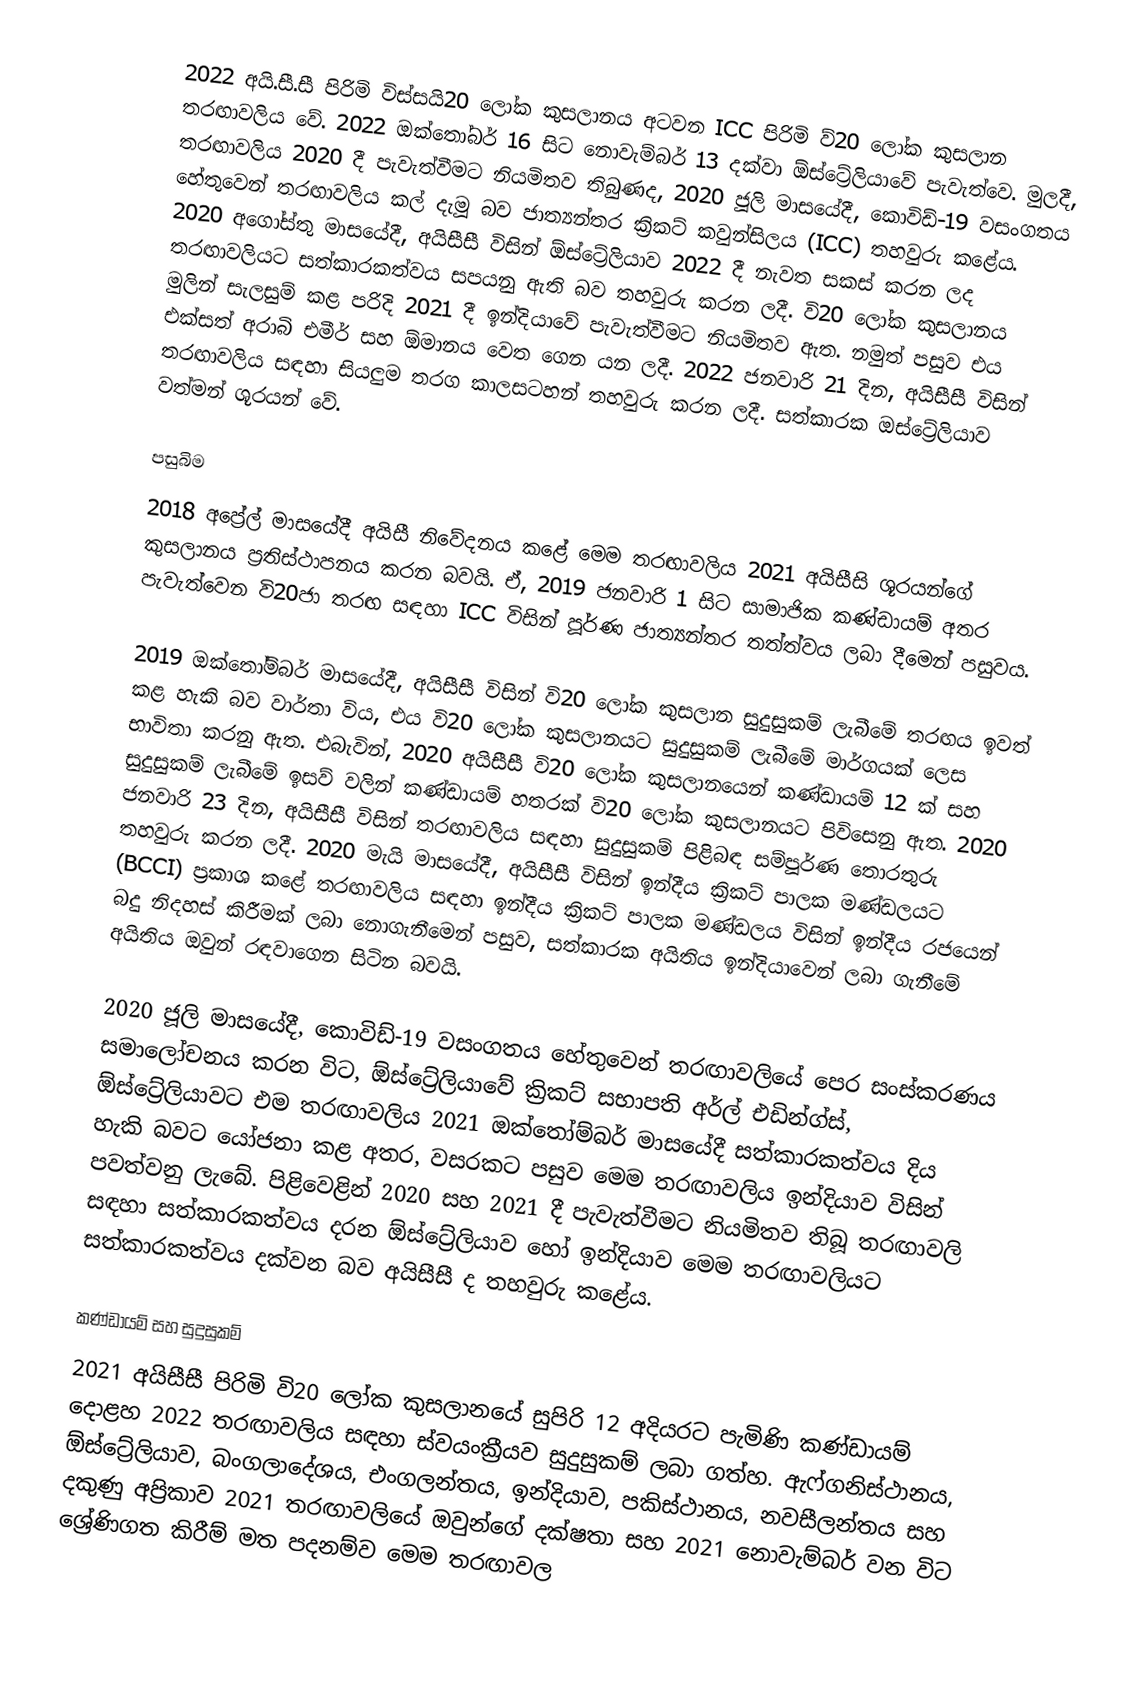
2022 අයි.සී.සී පිරිමි විස්සයි20 ලෝක කුසලානය අටවන ICC පිරිමි ව්20 ලෝක කුසලාන තරඟාවලිය වේ. 2022 ඔක්තෝබර් 16 සිට නොවැම්බර් 13 දක්වා ඕස්ට්‍රේලියාවේ පැවැත්වෙ. මුලදී, තරඟාවලිය 2020 දී පැවැත්වීමට නියමිතව තිබුණද, 2020 ජූලි මාසයේදී, කොවිඩ්-19 වසංගතය හේතුවෙන් තරඟාවලිය කල් දැමූ බව ජාත්‍යන්තර ක්‍රිකට් කවුන්සිලය (ICC) තහවුරු කළේය. 2020 අගෝස්තු මාසයේදී, අයිසීසී විසින් ඕස්ට්‍රේලියාව 2022 දී නැවත සකස් කරන ලද තරඟාවලියට සත්කාරකත්වය සපයනු ඇති බව තහවුරු කරන ලදී. වි20 ලෝක කුසලානය මුලින් සැලසුම් කළ පරිදි 2021 දී ඉන්දියාවේ පැවැත්වීමට නියමිතව ඇත. නමුත් පසුව එය එක්සත් අරාබි එමීර් සහ ඕමානය වෙත ගෙන යන ලදී. 2022 ජනවාරි 21 දින, අයිසීසී විසින් තරඟාවලිය සඳහා සියලුම තරග කාලසටහන් තහවුරු කරන ලදී. සත්කාරක ඔස්ට්‍රේලියාව වත්මන් ශූරයන් වේ.

පසුබිම
2018 අප්‍රේල් මාසයේදී අයිසී නිවේදනය කළේ මෙම තරඟාවලිය 2021 අයිසීසි ශූරයන්ගේ කුසලානය ප්‍රතිස්ථාපනය කරන බවයි. ඒ, 2019 ජනවාරි 1 සිට සාමාජික කණ්ඩායම් අතර පැවැත්වෙන වි20ජා තරඟ සඳහා ICC විසින් පූර්ණ ජාත්‍යන්තර තත්ත්වය ලබා දීමෙන් පසුවය.

2019 ඔක්තෝම්බර් මාසයේදී, අයිසීසී විසින් වි20 ලෝක කුසලාන සුදුසුකම් ලැබීමේ තරඟය ඉවත් කළ හැකි බව වාර්තා විය, එය වි20 ලෝක කුසලානයට සුදුසුකම් ලැබීමේ මාර්ගයක් ලෙස භාවිතා කරනු ඇත. එබැවින්, 2020 අයිසීසී වි20 ලෝක කුසලානයෙන් කණ්ඩායම් 12 ක් සහ සුදුසුකම් ලැබීමේ ඉසව් වලින් කණ්ඩායම් හතරක් වි20 ලෝක කුසලානයට පිවිසෙනු ඇත. 2020 ජනවාරි 23 දින, අයිසීසී විසින් තරඟාවලිය සඳහා සුදුසුකම් පිළිබඳ සම්පූර්ණ තොරතුරු තහවුරු කරන ලදී. 2020 මැයි මාසයේදී, අයිසීසී විසින් ඉන්දීය ක්‍රිකට් පාලක මණ්ඩලයට (BCCI) ප්‍රකාශ කළේ තරඟාවලිය සඳහා ඉන්දීය ක්‍රිකට් පාලක මණ්ඩලය විසින් ඉන්දීය රජයෙන් බදු නිදහස් කිරීමක් ලබා නොගැනීමෙන් පසුව, සත්කාරක අයිතිය ඉන්දියාවෙන් ලබා ගැනීමේ අයිතිය ඔවුන් රඳවාගෙන සිටින බවයි.

2020 ජූලි මාසයේදී, කොවිඩ්-19 වසංගතය හේතුවෙන් තරඟාවලියේ පෙර සංස්කරණය සමාලෝචනය කරන විට, ඕස්ට්‍රේලියාවේ ක්‍රිකට් සභාපති අර්ල් එඩින්ග්ස්, ඕස්ට්‍රේලියාවට එම තරඟාවලිය 2021 ඔක්තෝම්බර් මාසයේදී සත්කාරකත්වය දිය හැකි බවට යෝජනා කළ අතර, වසරකට පසුව මෙම තරඟාවලිය ඉන්දියාව විසින් පවත්වනු ලැබේ. පිළිවෙළින් 2020 සහ 2021 දී පැවැත්වීමට නියමිතව තිබූ තරඟාවලි සඳහා සත්කාරකත්වය දරන ඕස්ට්‍රේලියාව හෝ ඉන්දියාව මෙම තරඟාවලියට සත්කාරකත්වය දක්වන බව අයිසීසී ද තහවුරු කළේය.

කණ්ඩායම් සහ සුදුසුකම්
2021 අයිසීසී පිරිමි වි20 ලෝක කුසලානයේ සුපිරි 12 අදියරට පැමිණි කණ්ඩායම් දොළහ 2022 තරඟාවලිය සඳහා ස්වයංක්‍රීයව සුදුසුකම් ලබා ගත්හ. ඇෆ්ගනිස්ථානය, ඕස්ට්‍රේලියාව, බංගලාදේශය, එංගලන්තය, ඉන්දියාව, පකිස්ථානය, නවසීලන්තය සහ දකුණු අප්‍රිකාව 2021 තරඟාවලියේ ඔවුන්ගේ දක්ෂතා සහ 2021 නොවැම්බර් වන විට ශ්‍රේණිගත කිරීම් මත පදනම්ව මෙම තරඟාවල